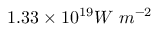
1 . 3 3 \times 1 0 ^ { 1 9 } W \ m ^ { - 2 }